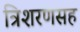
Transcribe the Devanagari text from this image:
त्रिशरणसह